Leaving Certificate Examination, 1919
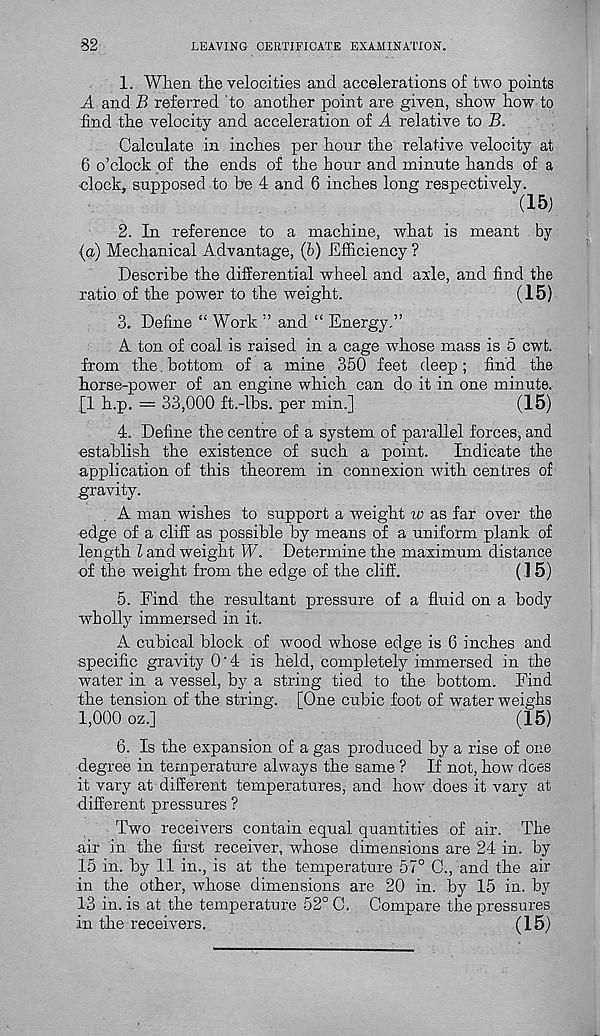
32
LEAVING CERTIFICATE EXAMINATION.
1. When the velocities and accelerations of two points
A and B referred 'to another point are given, show how to
find the velocity and acceleration of A relative to B.
Calculate in inches per hour the relative velocity at
6 o’clock of the ends of the hour and minute hands of a
clock, supposed to be 4 and 6 inches long respectively.
(15)
2. In reference to a machine, what is meant by
(a) Mechanical Advantage, (b) Efficiency ?
Describe the differential wheel and axle, and find the
ratio of the power to the weight.
(15)
3. Define “ Work ” and “ Energy.”
A ton of coal is raised in a cage whose mass is 5 cwt.
from the. bottom of a mine 350 feet deep; find the
horse-power of an engine which can do it in one minute.
[1 h.p. = 33,000 ft.-lbs. per min.]
(15)
4. Define the centre of a system of parallel forces, and
establish the existence of such a point.
Indicate the
application of this theorem in connexion with centres of
gravity.
A man wishes to support a weight w as far over the
edge of a cliff as possible by means of a uniform plank of
length l and weight W. Determine the maximum distance
of the weight from the edge of the cliff.
(.1 5)
5. Find the resultant pressure of a fluid on a body
wholly immersed in it.
A cubical block of wood whose edge is 6 inches and
specific gravity 0‘4 is held, completely immersed in the
water in a vessel, by a string tied to the bottom. Find
the tension of the string. [One cubic foot of water weighs
1,000 oz.]
(15)
6. Is the expansion of a gas produced by a rise of one
■ degree in temperature always the same ? If not, how does
it vary at different temperatures, and how does it vary at
different pressures ?
Two receivers contain equal quantities of air. The
air in the first receiver, whose dimensions are 24 in. by
15 in. by 11 in., is at the temperature 57° C., and the air
in the other, whose dimensions are 20 in. by 15 in. by
13 in. is at the temperature 52° C, Compare the pressures
in the receivers.
(15)